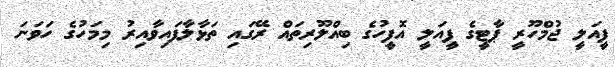
ފީއަލީ ޖުމްހޫރީ ޕާޓީގެ ފީއަލީ އޮފީހުގެ ބިއްލޫރިތައް ރޭގައި ތަޅާލާފައިވާއިރު މިމަހުގެ ހަވަނަ